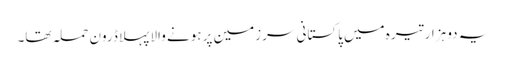
یہ دو ہزار تیرہ میں پاکستانی سرزمین پر ہونے والا پہلا ڈرون حملہ تھا۔